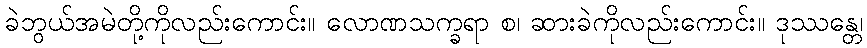
ခဲဘွယ်အမဲတို့ကိုလည်းကောင်း။ လောဏသက္ခရာ စ၊ ဆားခဲကိုလည်းကောင်း။ ဒုဿန္တေ၊